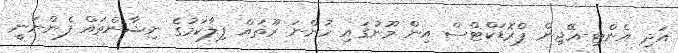
އަދި އެންޓި-އޭޖިން ޕްރޮޑަކްޓްސް އިން މޫނުގައި ހުންނަ ރޫތައް ފިލާކަމުގެ ނިޝާންތައް ފެންނަނީ